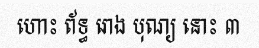
ហោះ ព័ទ្ធ រោង បុណ្យ នោះ ៣